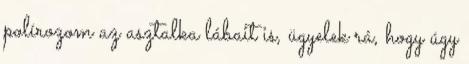
polírozom az asztalka lábait is, ügyelek rá, hogy úgy